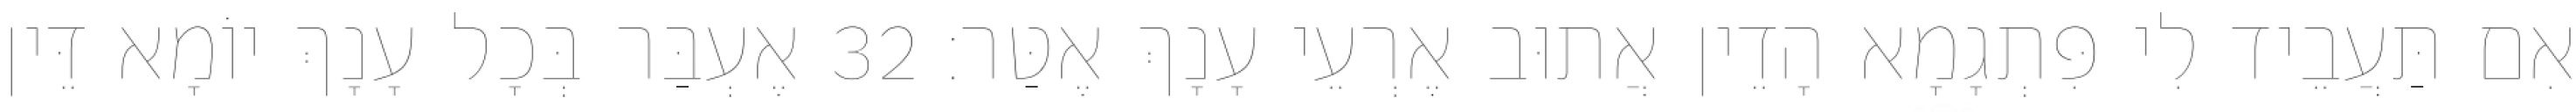
אִם תַּעֲבֵיד לִי פִּתְגָמָא הָדֵין אֲתוּב אֶרְעֵי עָנָךְ אֶטַּר׃ 32 אֶעְבַּר בְּכָל עָנָךְ יוֹמָא דֵּין